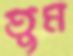
তুম